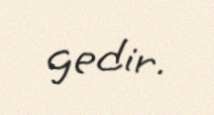
gedir.